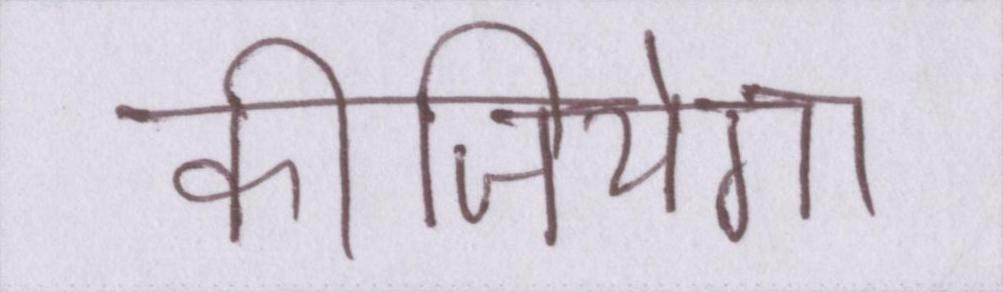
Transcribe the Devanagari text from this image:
कीजियेगा